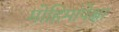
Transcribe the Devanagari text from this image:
मोहिमांपेक्षा